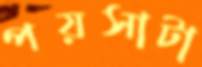
পয়সাটা